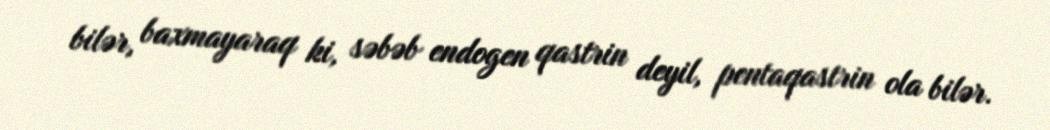
bilər, baxmayaraq ki, səbəb endogen qastrin deyil, pentaqastrin ola bilər.